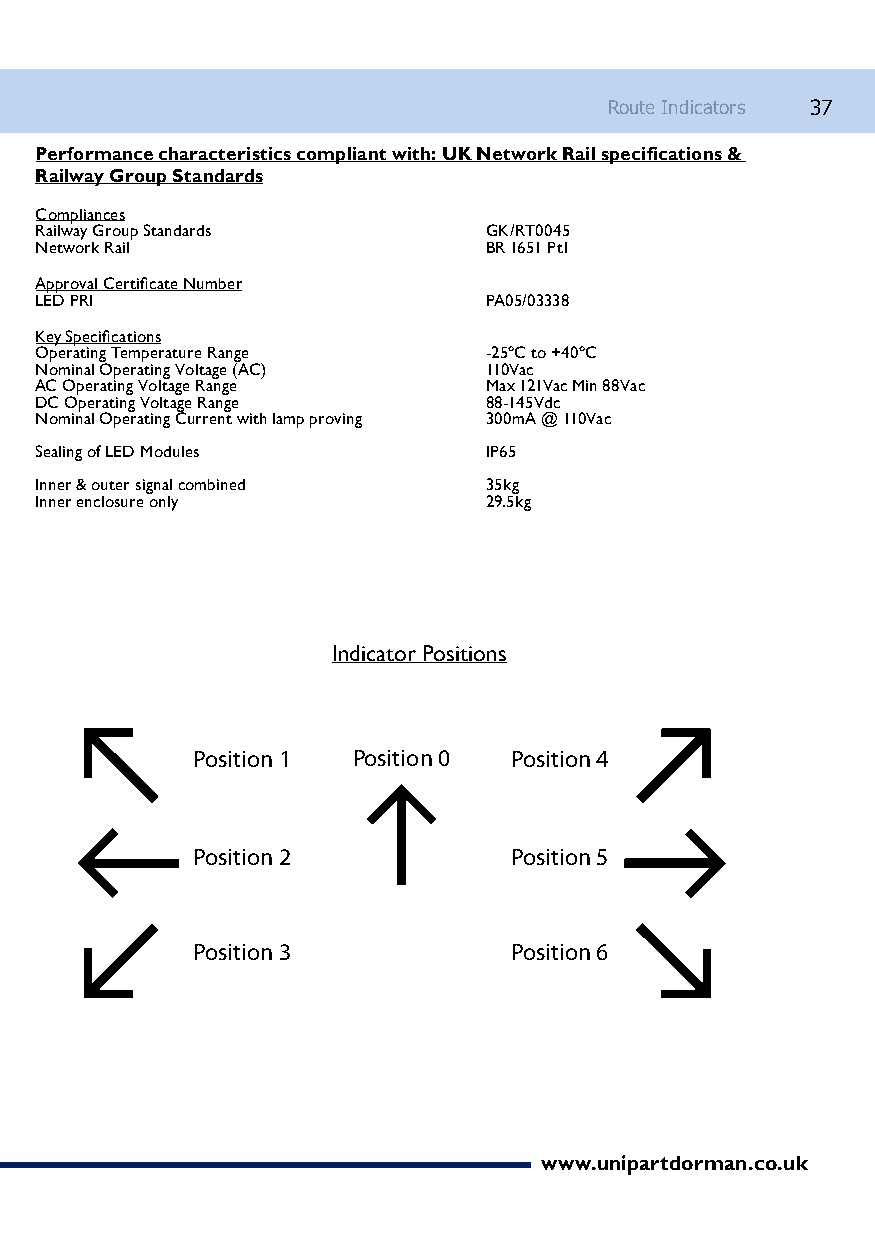
Route Indicators 37
 Performance characteristics compliant with: UK Network Rail specifications &
 Railway Group Standards
 Compliances
 Railway Group Standards       GK/RT0045
 Network Rail                  BR 1651 Pt1
 Approval Certificate Number
 LED PRI                  PA05/03338
 Key Specifications
 Operating Temperature Range   -25ºC to +40ºC
 Nominal Operating Voltage (AC) 110Vac
 AC Operating Voltage Range    Max 121Vac Min 88Vac
 DC Operating Voltage Range    88-145Vdc
 Nominal Operating Current with lamp proving 300mA @ 110Vac
 Sealing of LED Modules        IP65
 Inner & outer signal combined 35kg
 Inner enclosure only          29.5kg
 Indicator Positions
 Position 1 Position 0 Position 4
 Position 2           Position 5
 Position 3           Position 6
 www.unipartdorman.co.uk